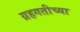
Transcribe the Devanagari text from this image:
ग्रहगतीच्या